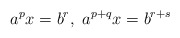
\begin{align*}a^px=b^r,\ a^{p+q}x=b^{r+s}\end{align*}